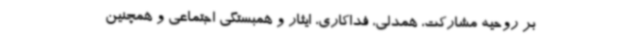
بر روحیه مشارکت، همدلی، فداکاری، ایثار و همبستگی اجتماعی و همچنین